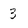
Character: 3